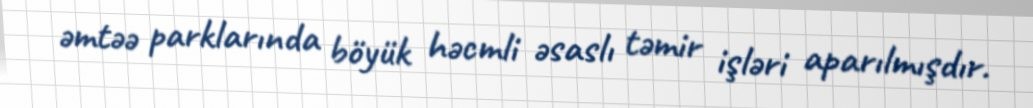
əmtəə parklarında böyük həcmli əsaslı təmir işləri aparılmışdır.